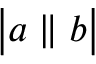
{ \big | } a \parallel b { \big | }